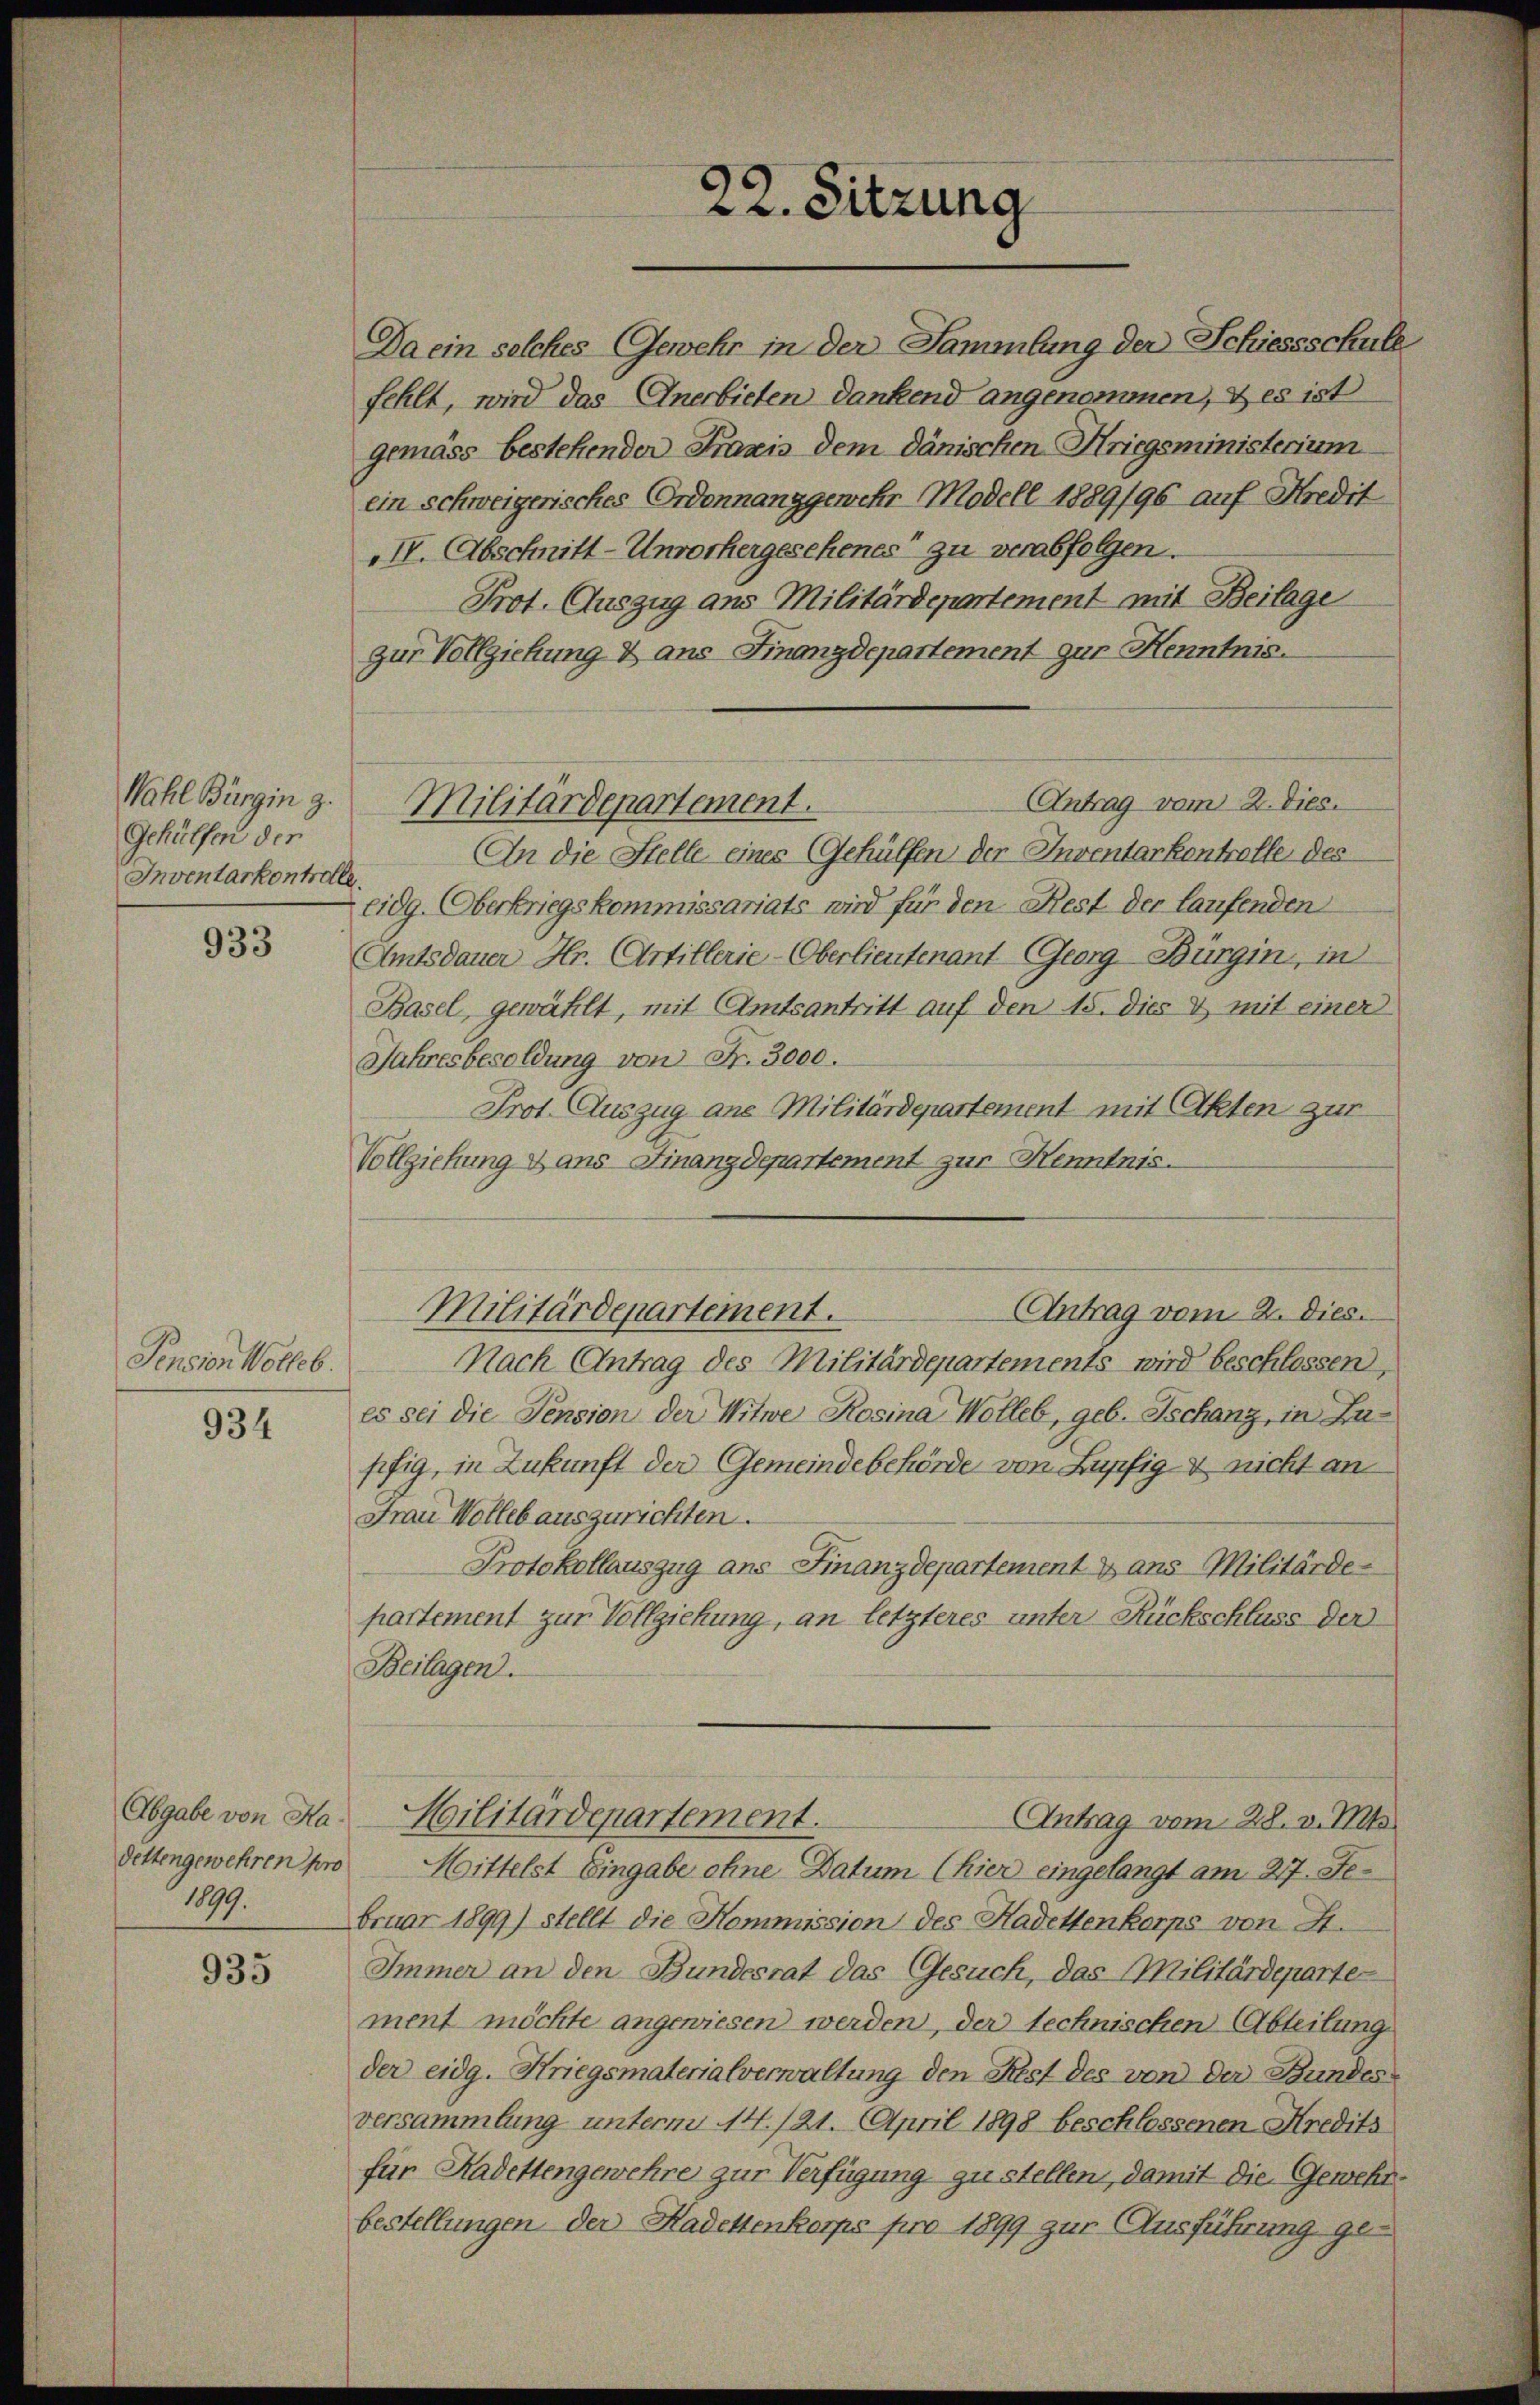
Wahl Bürging.
Gehülfen der
Inventarkontrolle

933

Pension Wolle.

934

Abgabe von Hadettengewehren pro
1899.

935

zur Vollziehung & aus Finanzdepartement zur Kenntnis.
Antrag vom 2. Dies.
An die Stelle eines (Gehülfen der Inventarkontrolle des
eidg. Oberkriegskommissariats wird für den Rest der laufenden
Amtsdauer Hr. Artillerie-Oberlieutenant Georg-Bürgin, in
Basel, gewählt, mit Amtsantritt auf den 15. dies & mit einer
Jahresbesoldung von Fr. 3000.
Prot. Auszug ane Militärdepartement mit Akten zur
Vollziehung & ans Finanzdepartement zur Kenntnis.
Antrag vom 2. Dies.
Militärdepartement.
Nach Antrag des Militärdepartements wird beschlossen,
es sei die Pension der Witwe Rosina Welleb, geb. Tschanz, in Zufifig, in Zukunft der Gemeindebehörde von Lupfig & nicht an
Frau Wolle auszurichten.
Protokollauszug ans Finanzdepartement & ans Militärde-
partement zur Vollziehung, an letzteres unter Rückschluss der
Beilagen.
Militärdepartement.
Antrag vom 28. v. Mts.
Mittelst Eingabe ohne Datum (hier eingelangt am 27. Februar 1899) stellt die Kommission des Kadettenkorps von 4.
Immer an den Bundesrat das Gesuch, das Militärdeparte
ment möchte angewiesen werden, der technischen Abteilung
der eidg. Kriegsmaterialverwaltung den Rest des von der Bundes
versammlung unterm 14./21. April 1898 beschlossenen Kredits
für Kadettengewehre zur Verfügung zu stellen, damit die Gewehrbestellungen der Kadettenkorps pro 1899 zur Ausführung ge-

Militärdepartement.

Da ein selches Gewehr in der Sammlung der Schiessschule
fehlt, wird das Anerbieten dankend angenommen, & es ist
gemäss bestehender Praxis dem dänischen Kriegsministerium
ein schweigerisches Ordonnang gewehr Modell 1889/96 auf Kredit
IV. Abschnitt-Unvorhergesehenes“ zu verabfolgen.
Prot. Auszug aus Militärdepartement mit Beilage

22. Sitzung